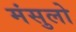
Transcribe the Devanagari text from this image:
मंसुलो